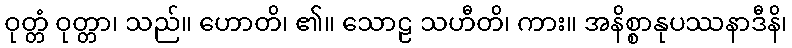
ဝုတ္တံ ဝုတ္တာ၊ သည်။ ဟောတိ၊ ၏။ သောဠ သဟီတိ၊ ကား။ အနိစ္စာနုပဿနာဒီနိ၊